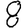
Digit: 8